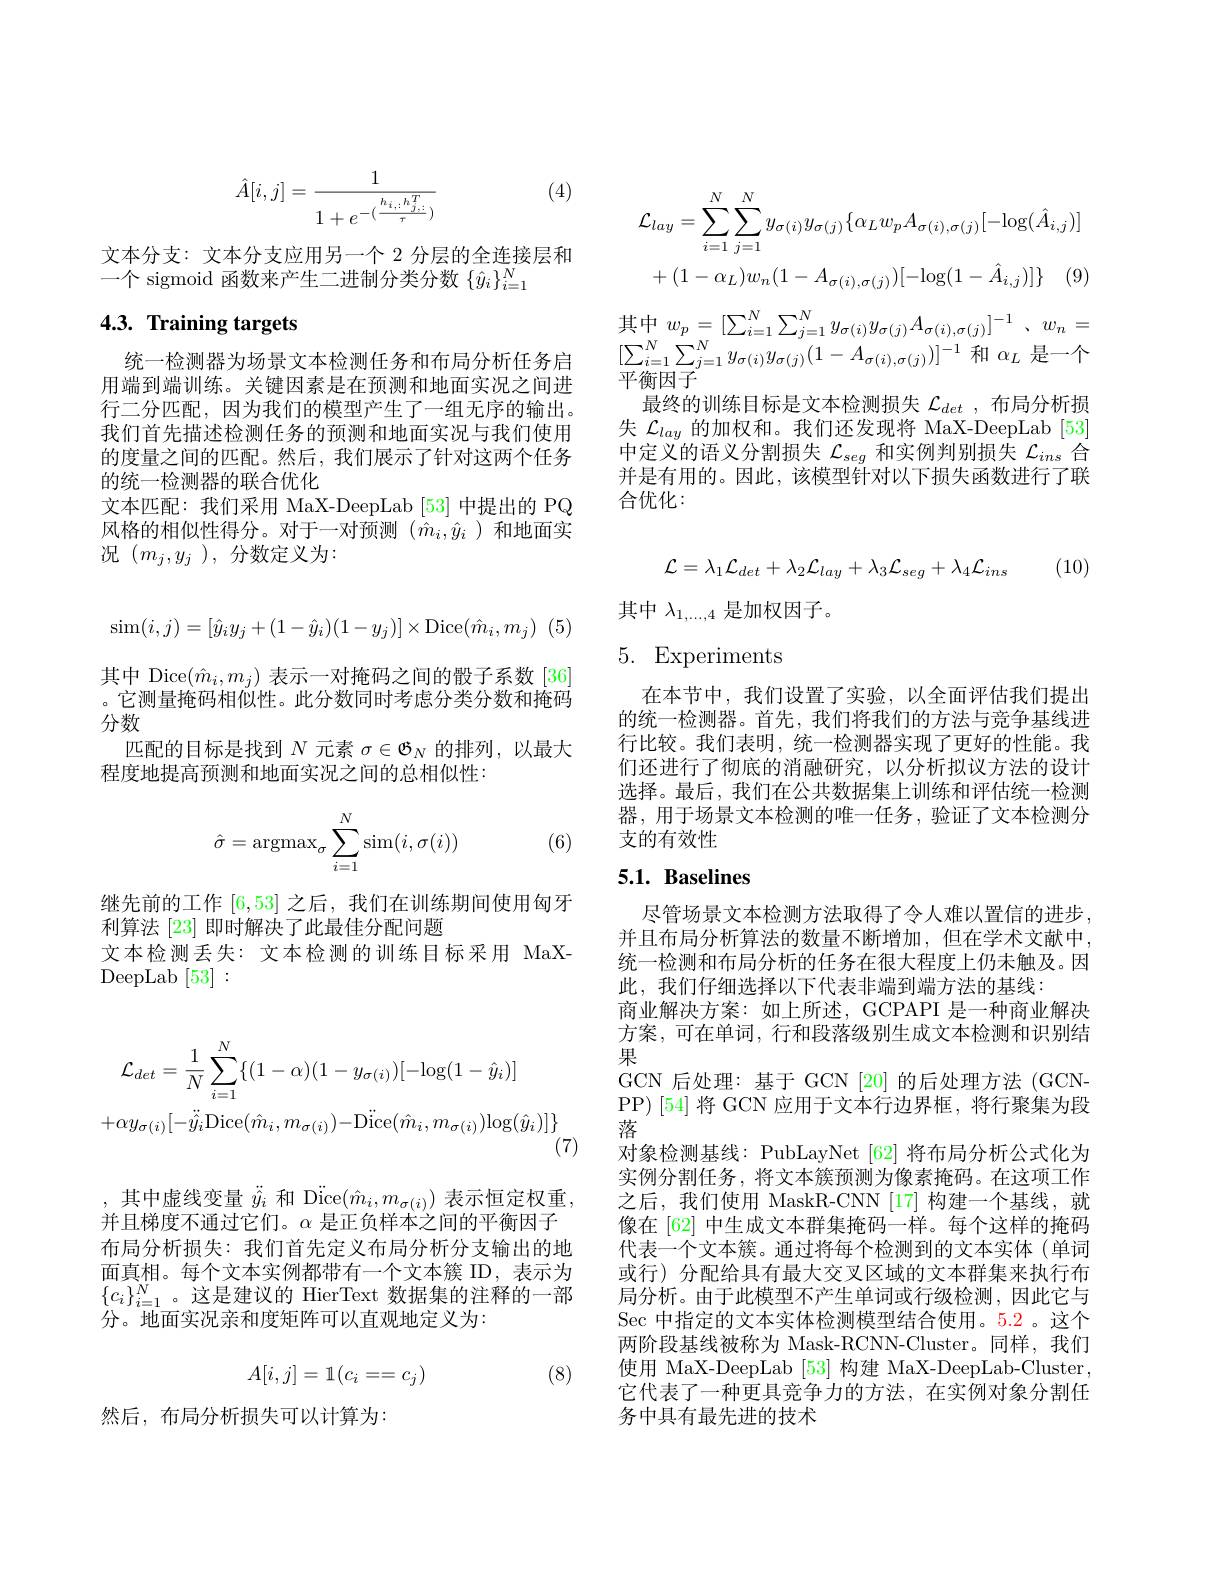
(4)
$$\hat{A}[i,j]=\frac{1}{1+e^{-(\frac{h_{i,:}h_{j,:}^T}{\tau})}}$$
文本分支：文本分支应用另一个 2 分层的全连接层和
一个 sigmoid 函数来产生二进制分类分数$\{\hat{y}_i\}_{i=1}^N$

# 4.3. Training targets

统一检测器为场景文本检测任务和布局分析任务启用端到端训练。关键因素是在预测和地面实况之间进行二分匹配，因为我们的模型产生了一组无序的输出。我们首先描述检测任务的预测和地面实况与我们使用的度量之间的匹配。然后，我们展示了针对这两个任务的统一检测器的联合优化
文本匹配：我们采用 MaX-DeepLab [53] 中提出的 PQ 风格的相似性得分。对于一对预测$(\hat{m}_i,\hat{y}_i$ )和地面实况$(m_j,y_j)$,分数定义为：

其中 Dice$(\hat{m}_i,m_j)$表示一对掩码之间的骰子系数[36] 。它测量掩码相似性。此分数同时考虑分类分数和掩码
$$\sin(i,j)=[\hat{y}_{i}y_{j}+(1-\hat{y}_{i})(1-y_{j})]\times\mathrm{Dice}(\hat{m}_{i},m_{j})$$
分数
匹配的目标是找到$N$元素$\sigma\in\mathfrak{B}_N$的排列，以最大
程度地提高预测和地面实况之间的总相似性：
$$\hat{\sigma}=\operatorname{argmax}_\sigma\sum_{i=1}^N\operatorname{sim}(i,\sigma(i))$$
(6)

继先前的工作[6,53]之后，我们在训练期间使用匈牙
利算法[23]即时解决了此最佳分配问题
文本检测丢失：文本检测的训练目标采用 MaX-
DeepLab [ 53] :
$$\begin{aligned}\mathcal{L}_{det}&=\frac{1}{N}\sum_{i=1}^{N}\{(1-\alpha)(1-y_{\sigma(i)})[-\log(1-\hat{y}_{i})]\\&+\alpha y_{\sigma(i)}[-\ddot{\hat{y}}_{i}\mathrm{Dice}(\hat{m}_{i},m_{\sigma(i)})-\mathrm{Dice}(\hat{m}_{i},m_{\sigma(i)})\mathrm{log}(\hat{y}_{i})]\}\end{aligned}$$
,其中虚线变量$\ddot{\hat{y}}_i$和 D$\ddot{\mathrm{ice}}(\hat{m}_i,m_{\sigma(i)})$表示恒定权重， 并且梯度不通过它们。$\alpha$是正负样本之间的平衡因子布局分析损失：我们首先定义布局分析分支输出的地面真相。每个文本实例都带有一个文本簇 ID,表示为$\{c_i\}_{i=1}^N$。这是建议的 HierText 数据集的注释的一部分。地面实况亲和度矩阵可以直观地定义为：

1
$$A[i,j]=1(c_i==c_j)$$
(8)

然后，布局分析损失可以计算为：
$$\begin{aligned}\mathcal{L}_{lay}&=\sum_{i=1}^{N}\sum_{j=1}^{N}y_{\sigma(i)}y_{\sigma(j)}\{\alpha_{L}w_{p}A_{\sigma(i),\sigma(j)}[-\log(\hat{A}_{i,j})]\\&+(1-\alpha_{L})w_{n}(1-A_{\sigma(i),\sigma(j)})[-\log(1-\hat{A}_{i,j})]\}\quad(9)\end{aligned}$$
其中$w_p= [ \sum _{i= 1}^{N}\sum _{j= 1}^{N}y_{\sigma ( i) }y_{\sigma ( j) }A_{\sigma ( i) , \sigma ( j) }] ^{- 1}$ $, w_{n}=$ $[\sum_{i=1}^{N}\sum_{j=1}^{N}y_{\sigma(i)}y_{\sigma(j)}(1-A_{\sigma(i),\sigma(j)})]^{-1}$和$\alpha_L$是一个平衡因子

最终的训练目标是文本检测损失$\mathcal{L}_{det}$ ,布局分析损失$\mathcal{L}_{lay}$的加权和。我们还发现将 MaX-DeepLab [53] 中定义的语义分割损失$\mathcal{L}_seg$和实例判别损失$\mathcal{L}_ins$合并是有用的。因此，该模型针对以下损失函数进行了联合优化：
$$\mathcal{L}=\lambda_{1}\mathcal{L}_{det}+\lambda_{2}\mathcal{L}_{lay}+\lambda_{3}\mathcal{L}_{seg}+\lambda_{4}\mathcal{L}_{ins}$$
(10)

其中$\lambda_{1,\ldots,4}$是加权因子。

## 5. Experiments

在本节中，我们设置了实验，以全面评估我们提出的统一检测器。首先，我们将我们的方法与竞争基线进行比较。我们表明，统一检测器实现了更好的性能。我们还进行了彻底的消融研究，以分析拟议方法的设计选择。最后，我们在公共数据集上训练和评估统一检测器，用于场景文本检测的唯一任务，验证了文本检测分支的有效性

## 5.1. Baselines

尽管场景文本检测方法取得了令人难以置信的进步， 并且布局分析算法的数量不断增加，但在学术文献中， 统一检测和布局分析的任务在很大程度上仍未触及。因此，我们仔细选择以下代表非端到端方法的基线：
商业解决方案：如上所述，GCPAPI 是一种商业解决方案，可在单词，行和段落级别生成文本检测和识别结果
GCN 后处理：基于 GCN [20] 的后处理方法 (GCNPP)[54]将 GCN 应用于文本行边界框，将行聚集为段落
对象检测基线：PubLayNet [62] 将布局分析公式化为实例分割任务，将文本簇预测为像素掩码。在这项工作之后，我们使用 MaskR-CNN [17] 构建一个基线，就像在 [62] 中生成文本群集掩码一样。每个这样的掩码代表一个文本簇。通过将每个检测到的文本实体(单词或行)分配给具有最大交叉区域的文本群集来执行布局分析。由于此模型不产生单词或行级检测，因此它与Sec 中指定的文本实体检测模型结合使用。5.2。这个两阶段基线被称为 Mask-RCNN-Cluster。同样，我们使用 MaX-DeepLab [53]构建 MaX-DeepLab-Cluster, 它代表了一种更具竞争力的方法，在实例对象分割任务中具有最先进的技术